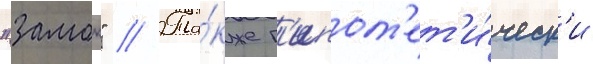
"замок" // Та́кже г'ипот'ет'и́ческ'и